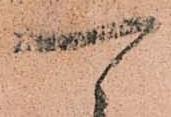
可